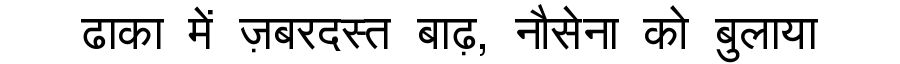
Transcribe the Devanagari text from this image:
ढाका में ज़बरदस्त बाढ़, नौसेना को बुलाया